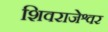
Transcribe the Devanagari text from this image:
शिवराजेश्वर